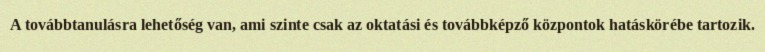
A továbbtanulásra lehetőség van, ami szinte csak az oktatási és továbbképző központok hatáskörébe tartozik.